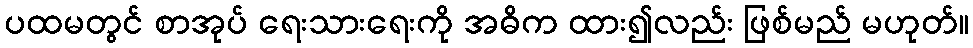
ပထမတွင် စာအုပ် ရေးသားရေးကို အဓိက ထား၍လည်း ဖြစ်မည် မဟုတ်။